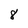
Character: 8